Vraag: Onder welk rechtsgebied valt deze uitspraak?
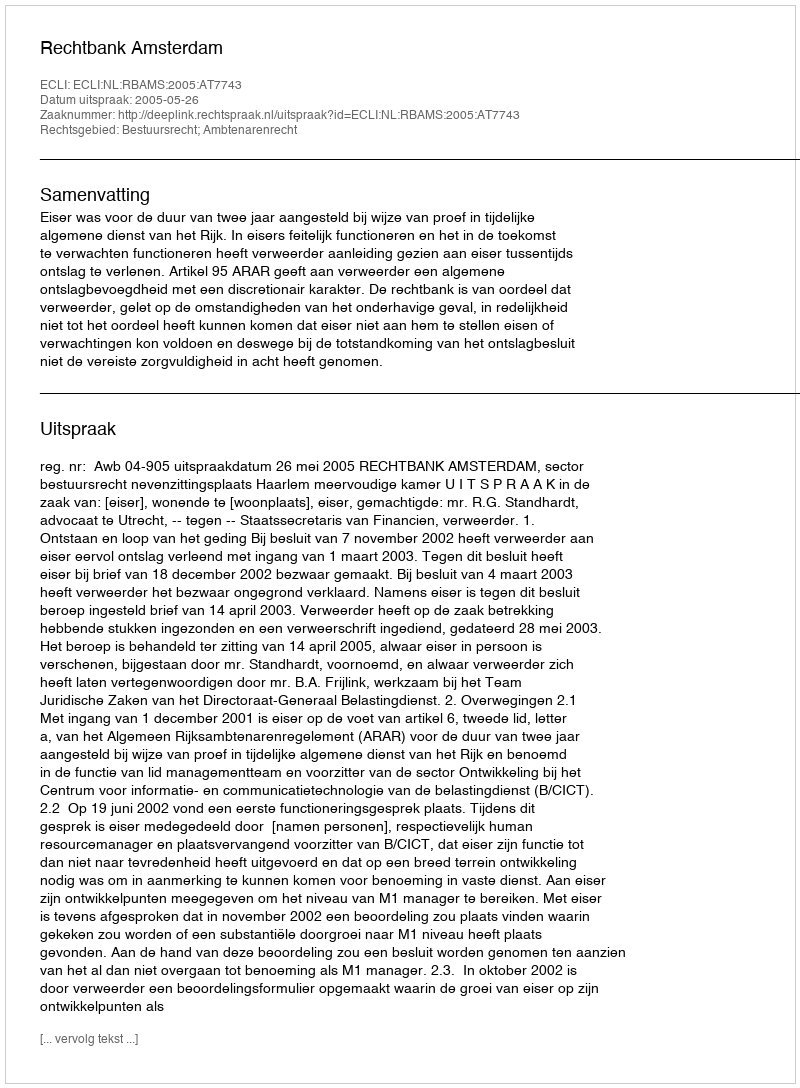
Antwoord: Bestuursrecht; Ambtenarenrecht